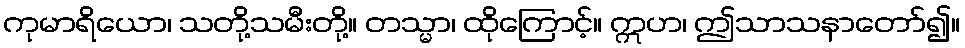
ကုမာရိယော၊ သတို့သမီးတို့။ တသ္မာ၊ ထိုကြောင့်။ ဣဟ၊ ဤသာသနာတော်၍။